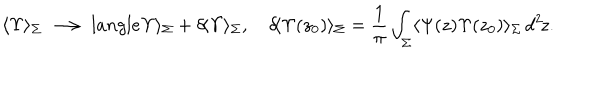
\langle \Upsilon \rangle _ { \Sigma } \ \longrightarrow \, l a n g l e \Upsilon \rangle _ { \Sigma } + \delta \! \langle \Upsilon \rangle _ { \Sigma } , \hspace { 1 e m } \delta \! \langle \Upsilon ( z _ { 0 } ) \rangle _ { \Sigma } = \frac { 1 } { \pi } \int _ { \Sigma } \langle \Psi ( z ) \Upsilon ( z _ { 0 } ) \rangle _ { \Sigma } \, d ^ { 2 } \! z .